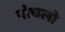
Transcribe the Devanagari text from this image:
पोचलो